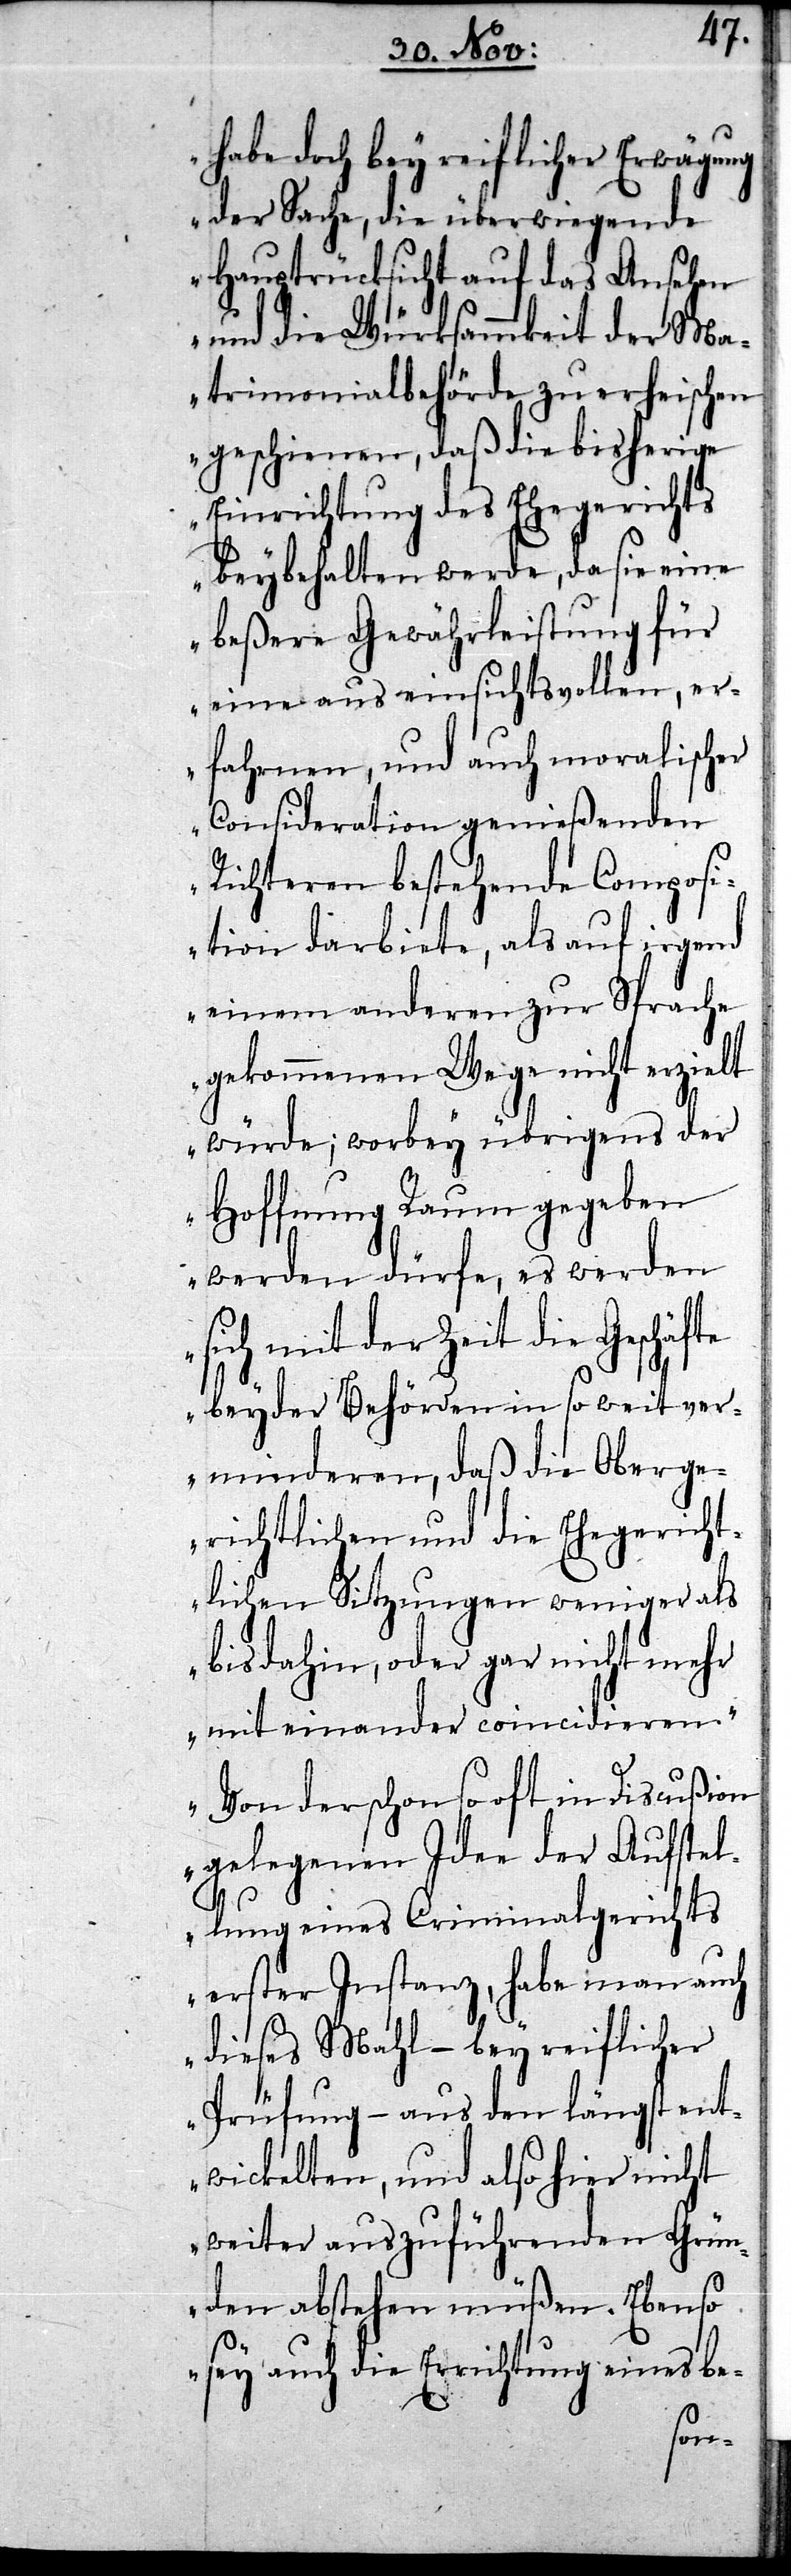
lt
habe doch bey reiflicher Erwägu¬
der Sache, die überwiegende
Hauptrücksicht auf das Ansehen
und die Würksammkeit der Ma¬
trimonialbehörde zu erheischen
geschienen, daß die bisherige
Einrichtung des Ehegerichts
beybehalten werde, da sie eine
beßere Gewährleistung für
eine aus einsichtsvollen, er¬
fahrnen, und auch moralischer
Consideration genießenden
Richteren bestehende Composi¬
tion darbiete, als auf irgend
einem anderen zur Sprache
gekommenen Wege nicht erzie¬
würde; worbey übrigens der
Hoffnung Raum gegeben
werden dürfe, es werden
sich mit der Zeit die Geschäfte
beyder Behörden in so weit ver¬
minderen, daß die Oberge¬
richtlichen und die Ehegericht¬
lichen Sitzungen weniger als
bis dahin, oder gar nicht mehr
mit einander coincidieren.
Von der schon so oft in Discußion
gelegenen Idee der Aufstel¬
lung eines Criminalgerichts
erster Instanz, habe man auch
dieses Mahl – bey reiflicher
Prüfung – aus den längst ent¬
wickelten, und also hier nicht
weiter auszuführenden Grün¬
den abstehen müßen. Ebenso
sey auch die Errichtung eines be-